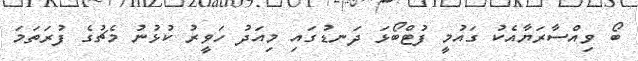
ބޯ ވިއްސާރަޔާއެކު ގައުމީ ފުޓްބޯޅަ ދަނޑުގައި މިއަދު ހަވީރު ކުޅުނު މެޗުގެ ފުރަތަމަ